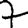
Digit: 7